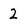
Character: 2